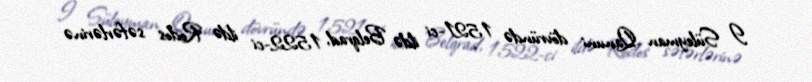
I Süleyman Qanuni dövründə 1521-ci ildə Belqrad, 1522-ci ildə Rodos səfərlərinə